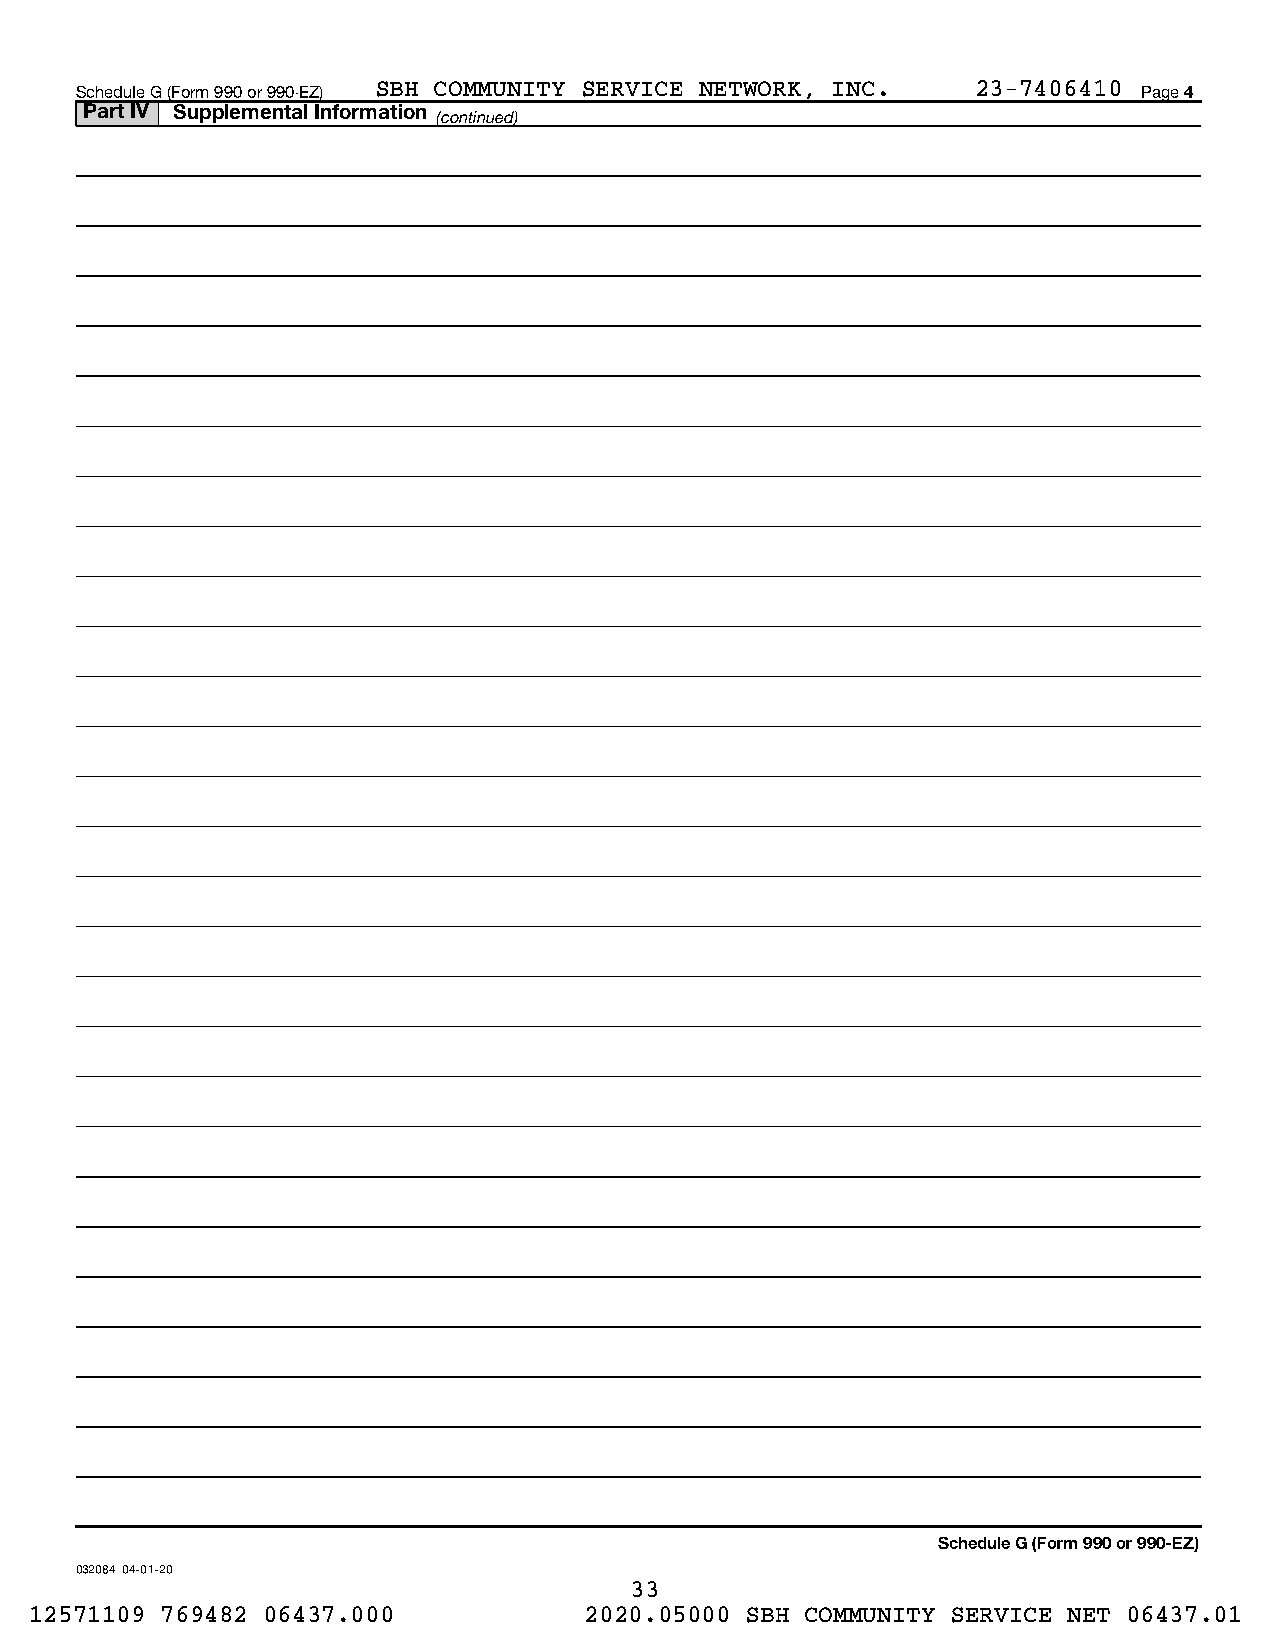
Schedule G (Form 990 or 990-EZ) SBH COMMUNITY SERVICE NETWORK, INC. 23-7406410 Page 4
 Part IV Supplemental Information
 (continued)
 Schedule G (Form 990 or 990-EZ)
 032084 04-01-20
 33
 12571109 769482 06437.000            2020.05000 SBH COMMUNITY SERVICE NET 06437.01